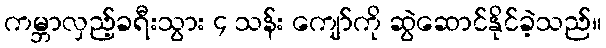
ကမ္ဘာလှည့်ခရီးသွား ၄ သန်း ကျော်ကို ဆွဲဆောင်နိုင်ခဲ့သည်။